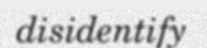
disidentify